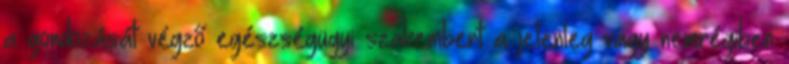
a gondozását végző egészségügyi szakembert a jelenleg vagy nemrégiben